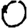
Digit: 0